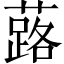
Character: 蕗